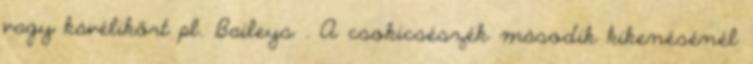
vagy kávélikőrt pl. Baileys . A csokicsészék második kikenésénél